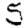
Digit: 5